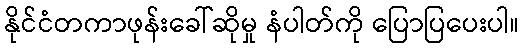
နိုင်ငံတကာဖုန်းခေါ်ဆိုမှု နံပါတ်ကို ပြောပြပေးပါ။